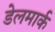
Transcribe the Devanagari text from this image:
डेलमार्क